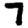
Digit: 7